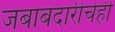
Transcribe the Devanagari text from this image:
जबाबदारीचेही